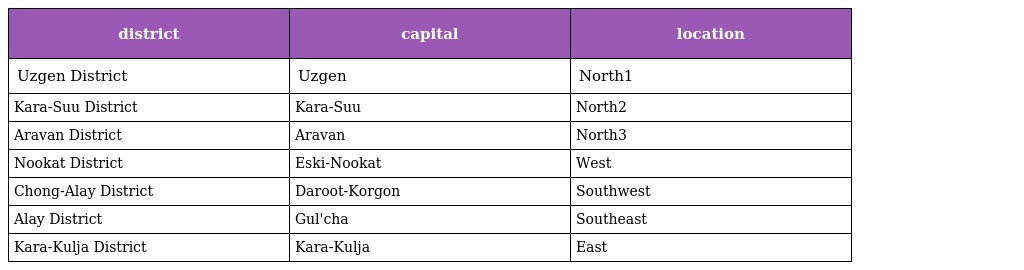
| district | capital | location |
 | --- | --- | --- |
 | Uzgen District | Uzgen | North1 |
 | Kara-Suu District | Kara-Suu | North2 |
 | Aravan District | Aravan | North3 |
 | Nookat District | Eski-Nookat | West |
 | Chong-Alay District | Daroot-Korgon | Southwest |
 | Alay District | Gul'cha | Southeast |
 | Kara-Kulja District | Kara-Kulja | East |